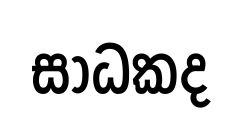
සාධකද